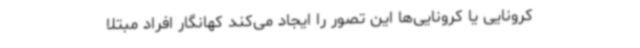
کرونایی یا کرونایی‌ها این تصور را ایجاد می‌کند کهانگار افراد مبتلا